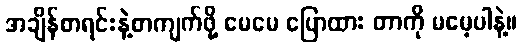
အချိန်စာရင်းနဲ့စာကျက်ဖို့ မေမေ ပြောထား တာကို မမေ့ပါနဲ့။